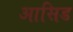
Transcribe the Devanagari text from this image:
आसिड